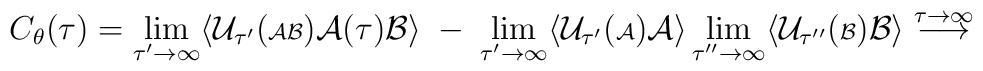
C_\theta(\tau) = \lim_{\tau^\prime \rightarrow \infty}\langle {\cal U}_{\tau^\prime} ( {\scriptstyle {\cal AB}}){\cal A}(\tau) {\cal B} \rangle \; - \;\lim_{\tau^\prime \rightarrow \infty} \langle {\cal U}_{\tau^\prime}( {\scriptstyle {\cal A}}) {\cal A} \rangle\lim_{\tau^{\prime \prime} \rightarrow \infty} \langle{\cal U}_{\tau^{\prime \prime}} ( {\scriptstyle {\cal B}}) {\cal B} \rangle\stackrel{\tau \rightarrow \infty}{\longrightarrow}